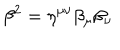
\beta ^ { 2 } = \eta ^ { \mu \nu } \beta _ { \mu } \beta _ { \nu }